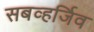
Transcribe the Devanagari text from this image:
सबव्हर्जिव